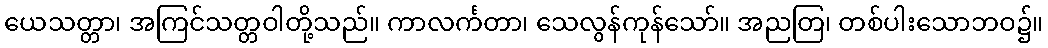
ယေသတ္တာ၊ အကြင်သတ္တဝါတို့သည်။ ကာလင်္ကတာ၊ သေလွန်ကုန်သော်။ အညတြ၊ တစ်ပါးသောဘဝ၌။